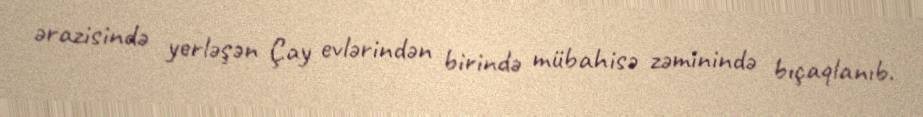
ərazisində yerləşən Çay evlərindən birində mübahisə zəminində bıçaqlanıb.